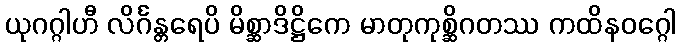
ယုဂဂ္ဂါဟီ လိင်္ဂန္တရေပိ မိစ္ဆာဒိဋ္ဌိကေ မာတုကုစ္ဆိဂတဿ ကထိနဝဂ္ဂေါ